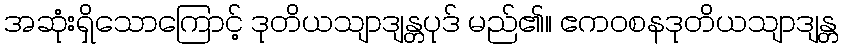
အဆုံးရှိသောကြောင့် ဒုတိယသျာဒျန္တပုဒ် မည်၏။ ဧကဝစနဒုတိယသျာဒျန္တ